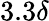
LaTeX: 3.3\delta